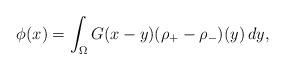
LaTeX: \begin{align*}\phi(x)=\int_{\Omega}G(x-y)(\rho_{+}-\rho_{-})(y)\,dy,\end{align*}